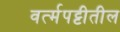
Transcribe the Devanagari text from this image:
वर्त्मपट्टीतील